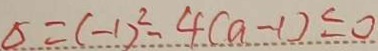
\Delta = ( - 1 ) ^ { 2 } - 4 ( a - 1 ) \leq 0